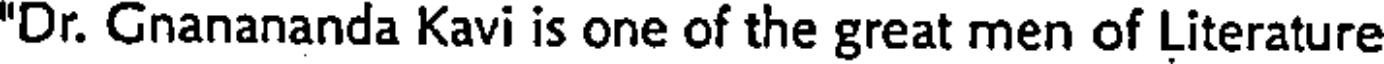
"Dr. Gnanananda Kavi is one of the great men of Literature